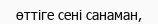
өттіге сені санаман,